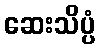
ဆေးသိပ္ပံ